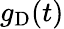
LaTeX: g_{\mathrm{D}}(t)